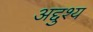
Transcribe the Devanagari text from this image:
अद्दुश्य